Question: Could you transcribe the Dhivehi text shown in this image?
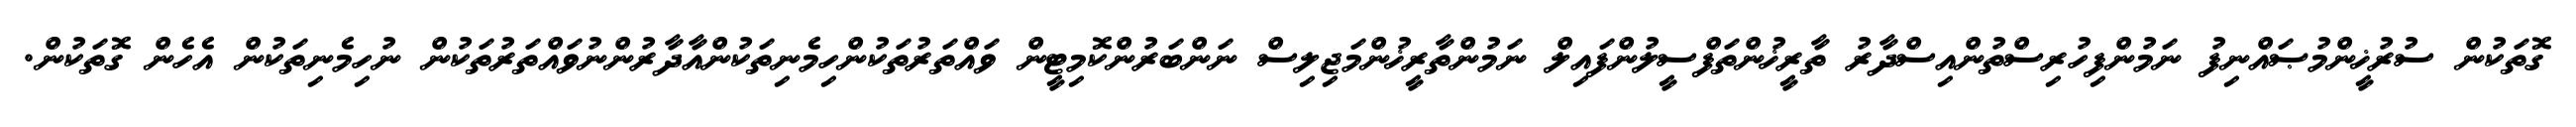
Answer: ގޮތަކުން ސުރުޚީންމުޞައްނިފު ނަމުންފިހުރިސްތުންއިސްދާރު ތާރީޚުންތަފްސީލުންފައިލް ނަމުންތާރީޚުންމަޖިލިސް ނަންބަރުންކޮމިޓީން ވައްތަރުތަކުންހިމެނިތަކުންއާދާރުންނުވައްތަރުތަކުން ނުހިމެނިތަކުން އެހެން ގޮތަކުން.